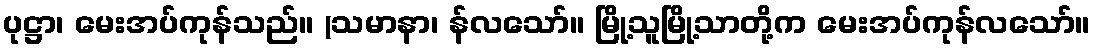
ပုဋ္ဌာ၊ မေးအပ်ကုန်သည်။ (သမာနာ၊ န်လသော်။ မြို့သူမြို့သာတို့က မေးအပ်ကုန်လသော်။